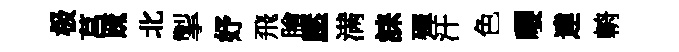
极莒䟽北掣妤飛膾壓满誄殫汗色嚶達輈